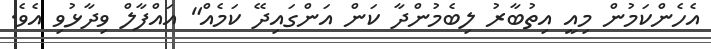
އެހެންކަމުން މިއީ އިތުބާރު ލިބެމުންދާ ކަން އަންގައިދޭ ކަމެއް" އައްފާލް ވިދާޅުވި އެވެ.